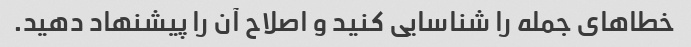
خطاهای جمله را شناسایی کنید و اصلاح آن را پیشنهاد دهید.